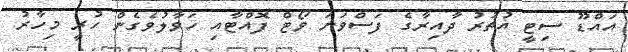
އައްޑޫ ސިޓީ އުތުރު ދާއިރާގެ ފަސްވަނަ ވޯޓް ފޮއްޓާއި ހަވާލުވެގެން ހުރީ މިހާރު